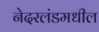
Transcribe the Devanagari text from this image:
नेदरलंडमधील